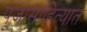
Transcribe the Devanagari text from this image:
पूजासाहित्यात